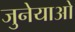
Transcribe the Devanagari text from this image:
जुनेयाओ